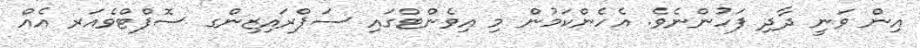
އިން ވަނީ ދާދި ފަހުންނެވެ. އެހެންކަމުން މި އިވެންޓްގައި ސަޕްރައިޒިންގ ސޮފްޓްވެއަރ އެއް